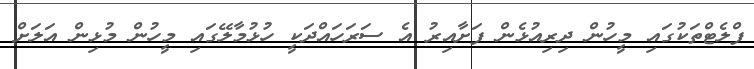
ފްލެޓްތަކުގައި މީހުން ދިރިއުޅެން ފަށާއިރު އެ ސަރަހައްދަކީ ހުޅުމާލޭގައި މީހުން މުޅިން އަލަށް